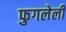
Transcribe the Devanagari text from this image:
फुगलेली